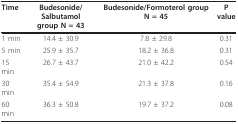
| Time | Budesonide/Salbutamolgroup N = 43 | Budesonide/Formoterol group N = 45 | Pvalue |
 | --- | --- | --- | --- |
 | 1 min | 14.4 ± 30.9 | 7.8 ± 29.8 | 0.31 |
 | 5 min | 25.9 ± 35.7 | 18.2 ± 36.8 | 0.31 |
 | 15 min | 26.7 ± 43.7 | 21.0 ± 42.2 | 0.54 |
 | 30 min | 35.4 ± 54.9 | 21.3 ± 37.8 | 0.16 |
 | 60 min | 36.3 ± 50.8 | 19.7 ± 37.2 | 0.08 |